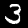
Label: 3